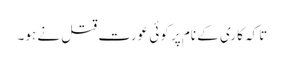
تاکہ کاری کے نام پر کوئی عورت قتل نے ہو۔